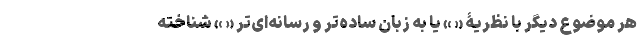
هر موضوع دیگر با نظریۀ « » یا به زبان ساده‌تر و رسانه‌ای‌تر « » شناخته